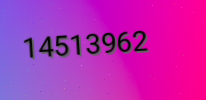
14513962